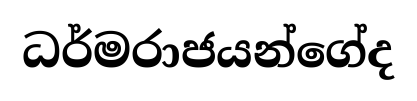
ධර්මරාජයන්ගේද